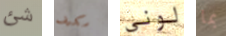
شئ مكيف لوني بما